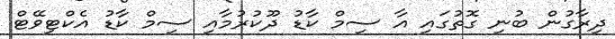
ދިރާގުން ބުނި ގޮތުގައި އާ ސިމް ކާޑު ދޫކުރުމާއި ސިމް ކާޑު އެކްޓިވޭޓް